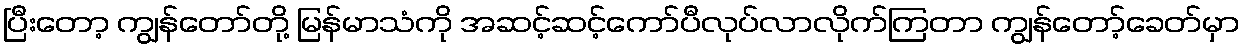
ပြီးတော့ ကျွန်တော်တို့ မြန်မာသံကို အဆင့်ဆင့်ကော်ပီလုပ်လာလိုက်ကြတာ ကျွန်တော့်ခေတ်မှာ